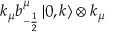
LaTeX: k _ { \mu } b _ { - \frac { 1 } { 2 } } ^ { \mu } \left| 0 , k \right\rangle \otimes k _ { \mu }